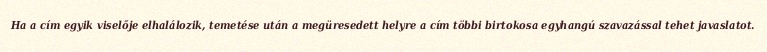
Ha a cím egyik viselője elhalálozik, temetése után a megüresedett helyre a cím többi birtokosa egyhangú szavazással tehet javaslatot.